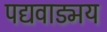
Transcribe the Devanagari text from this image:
पद्यवाड्मय